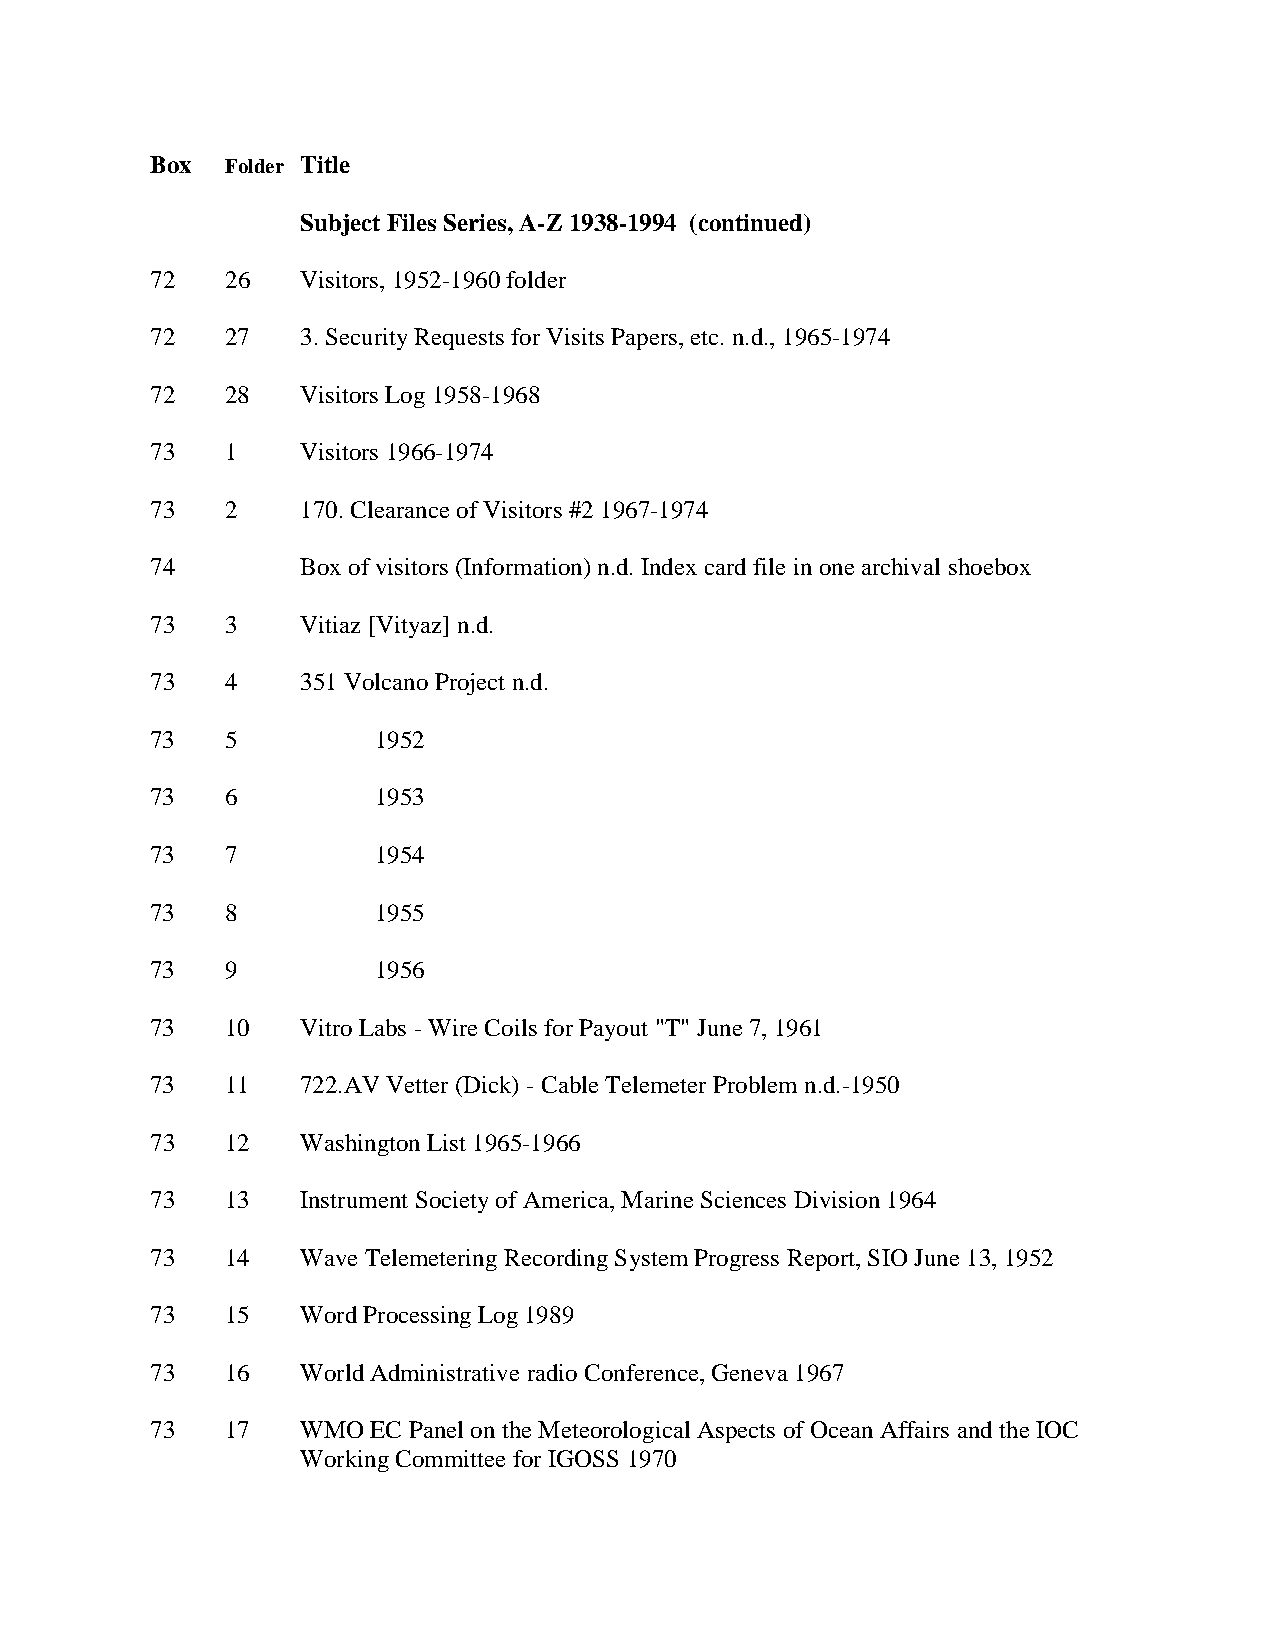
Box  Folder Title
 Subject Files Series, A-Z 1938-1994 (continued)
 72   26   Visitors, 1952-1960 folder
 72   27   3. Security Requests for Visits Papers, etc. n.d., 1965-1974
 72   28   Visitors Log 1958-1968
 73   1    Visitors 1966-1974
 73   2    170. Clearance of Visitors #2 1967-1974
 74        Box of visitors (Information) n.d. Index card file in one archival shoebox
 73   3    Vitiaz [Vityaz] n.d.
 73   4    351 Volcano Project n.d.
 73   5         1952
 73   6         1953
 73   7         1954
 73   8         1955
 73   9         1956
 73   10   Vitro Labs - Wire Coils for Payout "T" June 7, 1961
 73   11   722.AV Vetter (Dick) - Cable Telemeter Problem n.d.-1950
 73   12   Washington List 1965-1966
 73   13   Instrument Society of America, Marine Sciences Division 1964
 73   14   Wave Telemetering Recording System Progress Report, SIO June 13, 1952
 73   15   Word Processing Log 1989
 73   16   World Administrative radio Conference, Geneva 1967
 73   17   WMO  EC Panel on the Meteorological Aspects of Ocean Affairs and the IOC
 Working Committee for IGOSS 1970